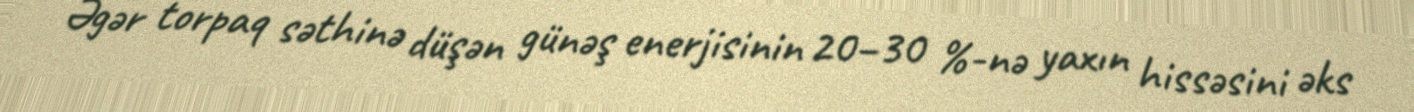
Əgər torpaq səthinə düşən günəş enerjisinin 20–30 %-nə yaxın hissəsini əks